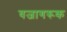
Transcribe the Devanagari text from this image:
वजागरूक